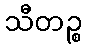
သီတဉ္စ